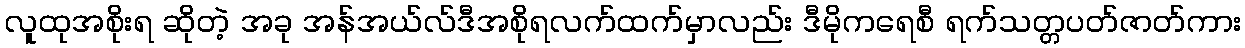
လူထုအစိုးရ ဆိုတဲ့ အခု အန်အယ်လ်ဒီအစိုရလက်ထက်မှာလည်း ဒီမိုကရေစီ ရက်သတ္တပတ်ဇာတ်ကား